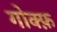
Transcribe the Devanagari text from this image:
गोक्फ़